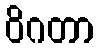
ဝိဂတာ